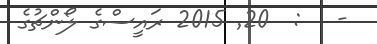
-   :  20